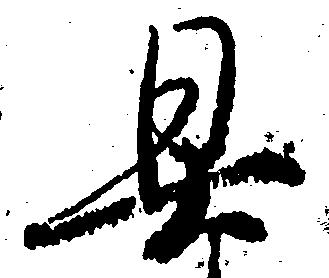
具